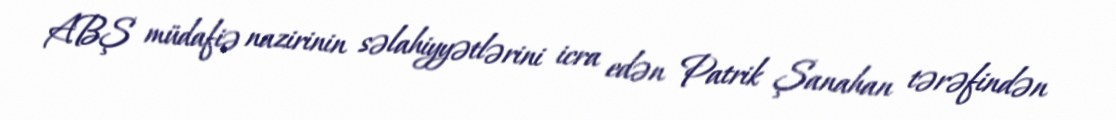
ABŞ müdafiə nazirinin səlahiyyətlərini icra edən Patrik Şanahan tərəfindən